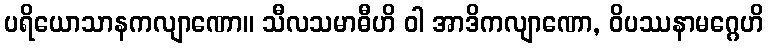
ပရိယောသာနကလျာဏော။ သီလသမာဓီဟိ ဝါ အာဒိကလျာဏော, ဝိပဿနာမဂ္ဂေဟိ